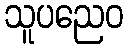
သူပညေဝ